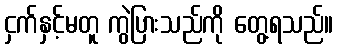
ငှက်နှင့်မတူ ကွဲပြားသည်ကို တွေ့ရသည်။